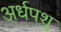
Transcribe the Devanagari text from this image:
अर्धपशु